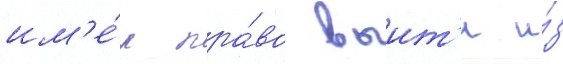
им'е́л пра́во выит'и и́з